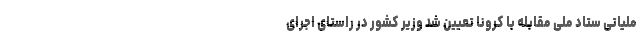
ملیاتی ستاد ملی مقابله با کرونا تعیین شد وزیر کشور در راستای اجرای